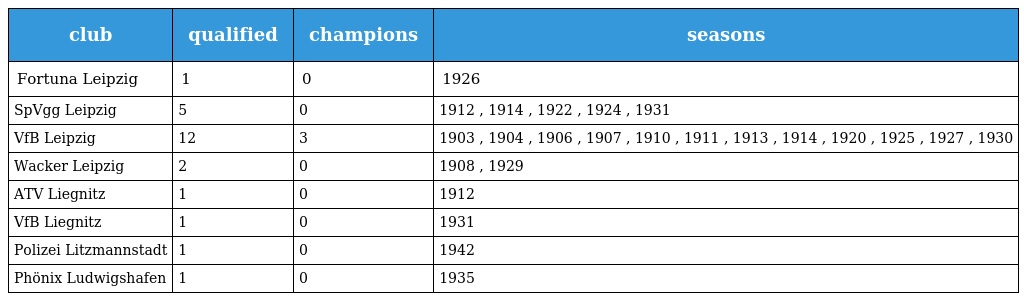
| club | qualified | champions | seasons |
 | --- | --- | --- | --- |
 | Fortuna Leipzig | 1 | 0 | 1926 |
 | SpVgg Leipzig | 5 | 0 | 1912 , 1914 , 1922 , 1924 , 1931 |
 | VfB Leipzig | 12 | 3 | 1903 , 1904 , 1906 , 1907 , 1910 , 1911 , 1913 , 1914 , 1920 , 1925 , 1927 , 1930 |
 | Wacker Leipzig | 2 | 0 | 1908 , 1929 |
 | ATV Liegnitz | 1 | 0 | 1912 |
 | VfB Liegnitz | 1 | 0 | 1931 |
 | Polizei Litzmannstadt | 1 | 0 | 1942 |
 | Phönix Ludwigshafen | 1 | 0 | 1935 |